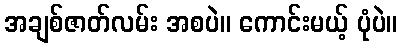
အချစ်ဇာတ်လမ်း အစပဲ။ ကောင်းမယ့် ပုံပဲ။